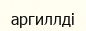
аргиллді